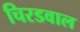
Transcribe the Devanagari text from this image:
चिरडवाल